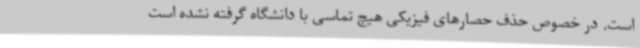
است. در خصوص حذف حصارهای فیزیکی هیچ تماسی با دانشگاه گرفته نشده است